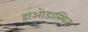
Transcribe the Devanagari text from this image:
हाओडास्थित